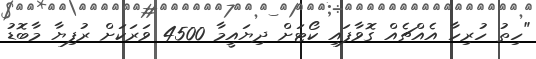
"ހިތު ހުރިހާ އެއްޗެއް ގޮވާފައި ކޯޓަށް ދިޔައީމާ 4500 ވަރަކަށް ރުފިޔާ މާބޮޑު